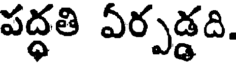
పద్ధతి ఏర్పడ్డది.